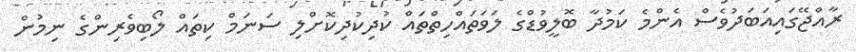
ރާއްޖޭގައިއަބަދުވެސް އެންމެ ކަމުދާ ބޮލީވުޑްގެ ލަވަތައްހިތްތައް ކުދިކުދިކޮށްލި ސަނަމް ކިތައް ލޯބިވެރިންގެ ނިމުން